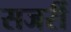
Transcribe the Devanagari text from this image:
सजर्री